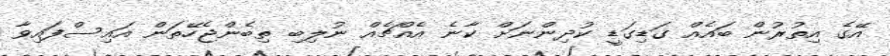
އޭގެ އިތުރުން ބައެއް ގަޑިގަޑީ ކުދިންނަށް ކާނެ އެއްޗެއް ނުލިބި ތިބެންޖެހޭތަން އައިސްފައިވާ